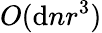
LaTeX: O(\mathrm{d}nr^{3})